Indian Medical Review
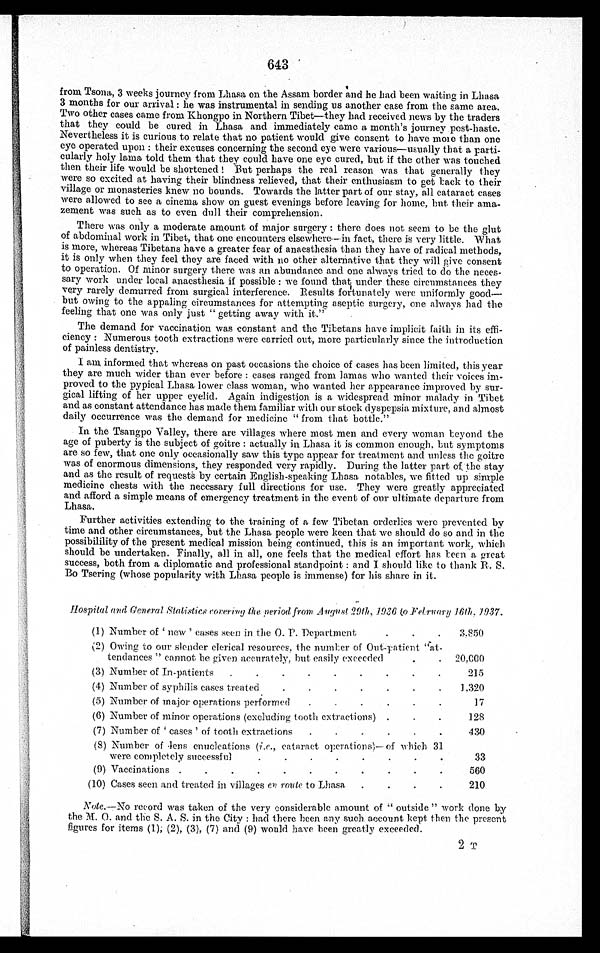
643
from Tsona, 3 weeks journey from Lhasa on the Assam border and he had been waiting in Lhasa
3 months for our arrival : he was instrumental in sending us another case from the same area.
Two other cases came from Khongpo in Northern Tibet—they had received news by the traders
that they could be cured in Lhasa and immediately came a month's journey post-haste.
Nevertheless it is curious to relate that no patient would give consent to have mole than one
eye operated upon : their excuses concerning the second eye were various—usually that a parti-
cularly holy lama told them that they could have one eye cured, but if the other was touched
then their life would be shortened ! But perhaps the real reason was that generally they
were so excited at having their blindness relieved, that their enthusiasm to get back to their
village or monasteries knew no bounds. Towards the latter part of our stay, all cataract cases
were allowed to see a cinema show on guest evenings before leaving for home, but their ama-
zement was such as to even dull their comprehension.
There was only a moderate amount of major surgery : there does not seem to be the glut
of abdominal work in Tibet, that one encounters elsewhere—in fact, there is very little. What
is more, whereas Tibetans have a greater fear of anaesthesia than they have of radical methods,
it is only when they feel they are faced with no other alternative that they will give consent
to operation. Of minor surgery there was an abundance and one always tried to do the neces-
sary work under local anaesthesia if possible : we found that under these circumstances they
very rarely demurred from surgical interference. Results fortunately were uniformly good
— b u t o w i n g t o t h e a p p a l i n g c i r c u m s t a n c e s f o r a t t e m p t i n g a s e p t i c s u r g e r y , o n e a l w a y s h a d t h e
feeling that one was only just " getting away with it."
The demand for vaccination was constant and the Tibetans have implicit faith in its effi-
ciency : Numerous tooth extractions were carried out, more particularly since the introduction
of painless dentistry.
I am informed that whereas on past occasions the choice of cases has been limited, this year
they are much wider than ever before : cases ranged from lamas who wanted their voices im-
proved to the pypical Lhasa lower class woman, who wanted her appearance improved by sur-
gical lifting of her upper eyelid. Again indigestion is a widespread minor malady in Tibet
and as constant attendance has made them familiar with our stock dyspepsia mixture, and almost
daily occurrence was the demand for medicine " from that bottle."
In the Tsangpo Valley, there are villages where most men and every woman beyond the
age of puberty is the subject of goitre : actually in Lhasa, it is common enough, but symptoms
are so few, that one only occasionally saw this type appear for treatment and unless the goitre
was of enormous dimensions, they responded very rapidly. During the latter part of . the stay
and as the result of requests by certain English-speaking Lhasa notables, we fitted up simple
medicine chests with the necessary full directions for use. They were greatly appreciated
and afford a simple means of emergency treatment in the event of our ultimate departure from
Lhasa.
Further activities extending to the training of a few Tibetan orderlies were prevented by
time and other circumstances, but the Lhasa people were keen that we should do so and in the
possibilility of the present medical mission being continued, this is an important work, which
should lie undertaken. Finally, all in all, one feels that the medical effort has teen a great
success, both from a diplomatic and professional standpoint : and I should like to thank R. S.
Bo Tsering (whose popularity with Lhasa people is immense) for his share in it.
Hospital and G eneral Statistics covering the period from August 29th, .1936 to February 16th,1937.
(1) Number of ‘new’ cases seen in the O. P. Department
.
.
.
3.850
(2) Owing to our slender clerical resources, the number of Out-patient “at-
tendances” cannot be given accurately, but easily exceeded
.
. 20,000
(3) Number of In-patients . . . . . . . . .
215
(4) Number of syphilis cases treated
.
.
.
.
.
.
1,320
(5) Number of major operations performed
. . . . . .
17
(6) Number of minor operations (excluding tooth extractions) .
128
(7) Number of ‘cases’ of tooth extractions .
.
.
.
. .
430
(8) Number of lens enucleations ( i.e ., cataract operations)—of which 31
were completely successful
33
(9) Vaccinations .
. . . . . . . . . .
560
(10) Cases seen and treated in villages en route to Lhasa .
.
.
.
210
Note.— No record was taken of the very considerable amount of “outside” work done by
the M. O. and the S. A. S. in the City : had there been any such. account kept then the present
figures for items (1); (2), (3), (7) and (9) would. have been greatly exceeded.
2 T